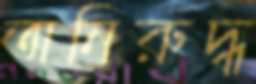
অনিরুদ্ধ